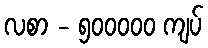
လစာ - ၅၀၀၀၀၀ ကျပ်